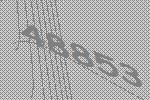
48853